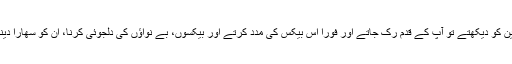
جب بھی آپ کہیں پر جاتے اور راستے میں کسی غریب وفقیر اور مسکین کو دیکھتے تو آپ کے قدم رک جاتے اور فوراً اس بیکس کی مدد کرتے اور بیکسوں، بے نواؤں کی دلجوئی کرنا، ان کو سھارا دینا اور ان کی ضرورت پوری کرنا آپ کے فرائض منصبی میں شامل تھا۔